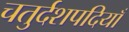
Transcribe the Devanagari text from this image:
चतुर्दशपदियाँ